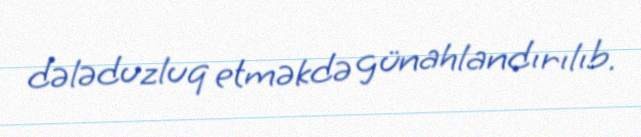
dələduzluq etməkdə günahlandırılıb.